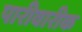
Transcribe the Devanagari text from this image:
पारीवारीक